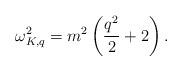
LaTeX: \begin{align*}\omega_{K,q}^2=m^2\left(\frac{q^2}{2}+2\right).\end{align*}